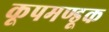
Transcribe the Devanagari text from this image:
कूपमण्डूक